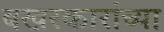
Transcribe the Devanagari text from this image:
बखरकारांच्या